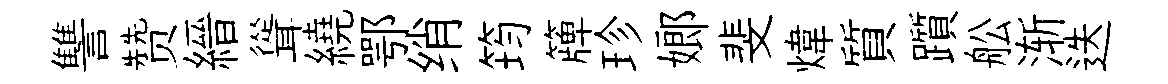
讐赞縉聳繞鄂绡筠簰珍嫏斐煒質躓舩渐迭